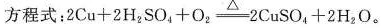
方程式：$$2 C u + 2 H_{2} S O_{4} + O_{2}